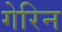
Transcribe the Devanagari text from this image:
गेरिन